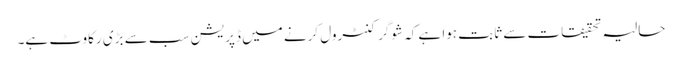
حالیہ تحقیقات سے ثابت ہوا ہے کہ شوگر کنٹرول کرنے میں ڈپریشن سب سے بڑی رکاوٹ ہے۔